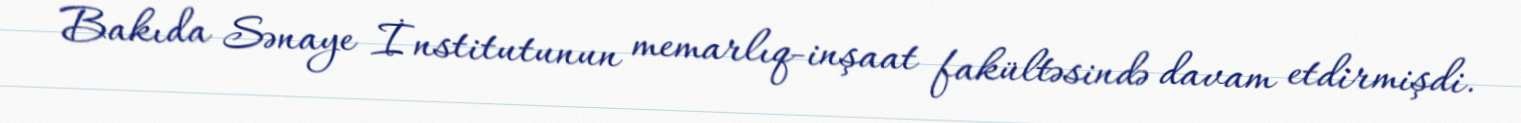
Bakıda Sənaye İnstitutunun memarlıq-inşaat fakültəsində davam etdirmişdi.